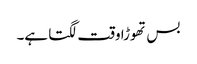
بس تھوڑا وقت لگتا ہے۔